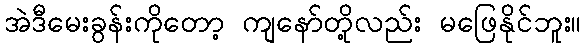
အဲဒီမေးခွန်းကိုတော့ ကျနော်တို့လည်း မဖြေနိုင်ဘူး။